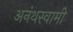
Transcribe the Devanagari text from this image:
अनंथस्वामी